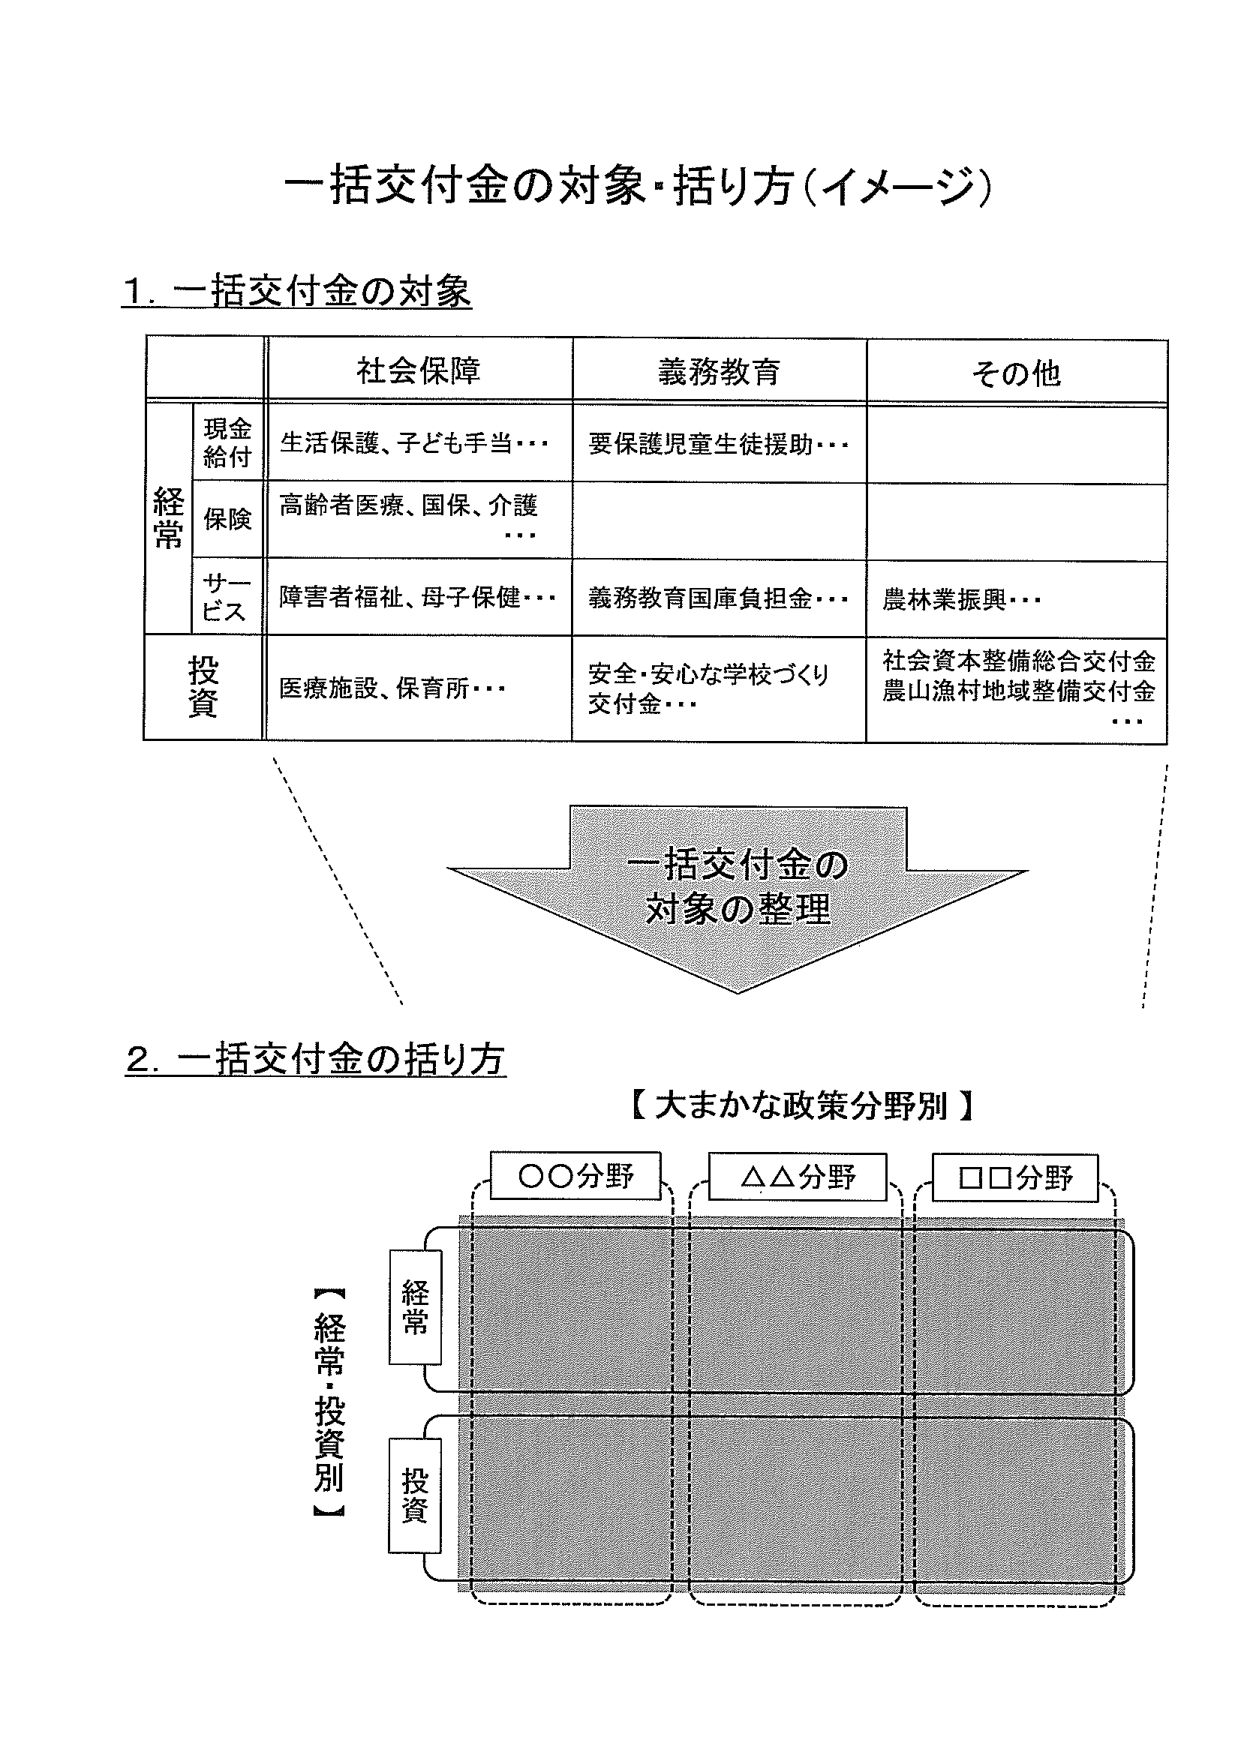
一括交付金の対象・括り方（イメージ）

1. 一括交付金の対象

| | | 社会保障 | 義務教育 | その他 |
|---|---|---|---|---|
| | 現金給付 | 生活保護、子ども手当・・・ | 要保護児童生徒援助・・・ | |
| 経常 | 保険 | 高齢者医療、国保、介護・・・ | | |
| | サービス | 障害者福祉、母子保健・・・ | 義務教育国庫負担金・・・ | 農林業振興・・・ |
| 投資 | | 医療施設、保育所・・・ | 安全・安心な学校づくり交付金・・・ | 社会資本整備総合交付金<br>農山漁村地域整備交付金・・・ |

一括交付金の<br>対象の整理

2. 一括交付金の括り方

【大まかな政策分野別】

○○分野　　△△分野　　□□分野

【経常・投資別】

経常<br>投資